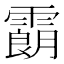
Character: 𩅜